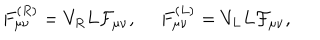
F _ { \mu \nu } ^ { ( R ) } = V _ { R } L { \cal F } _ { \mu \nu } , \ F _ { \mu \nu } ^ { ( L ) } = V _ { L } L { \cal F } _ { \mu \nu } ,